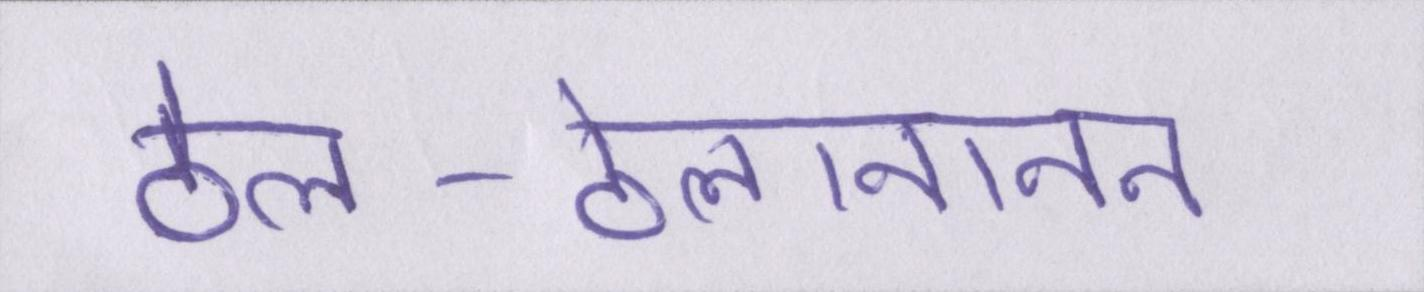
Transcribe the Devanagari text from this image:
ठेल-ठेलानानन